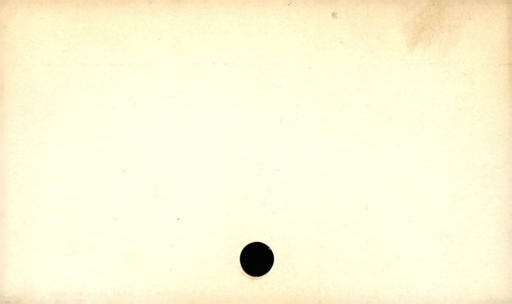
Label: blank